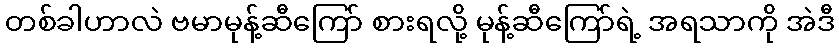
တစ်ခါဟာလဲ ဗမာမုန့်ဆီကြော် စားရလို့ မုန့်ဆီကြော်ရဲ့ အရသာကို အဲဒီ